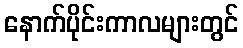
နောက်ပိုင်းကာလများတွင်